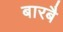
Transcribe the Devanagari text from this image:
बारबै